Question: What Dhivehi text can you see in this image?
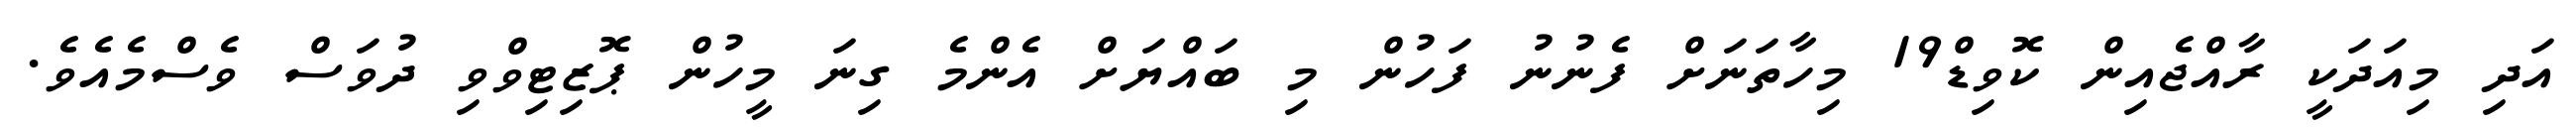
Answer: އަދި މިއަދަކީ ރާއްޖެއިން ކޮވިޑް19 މިހާތަނަށް ފެނުނު ފަހުން މި ބައްޔަށް އެންމެ ގިނަ މީހުން ޕޮޒިޓިވްވި ދުވަސް ވެސްމެއެވެ.